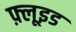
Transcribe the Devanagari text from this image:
फ़्लूइड